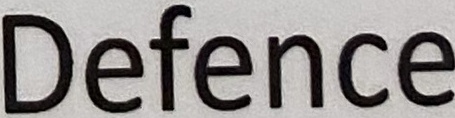
Defence